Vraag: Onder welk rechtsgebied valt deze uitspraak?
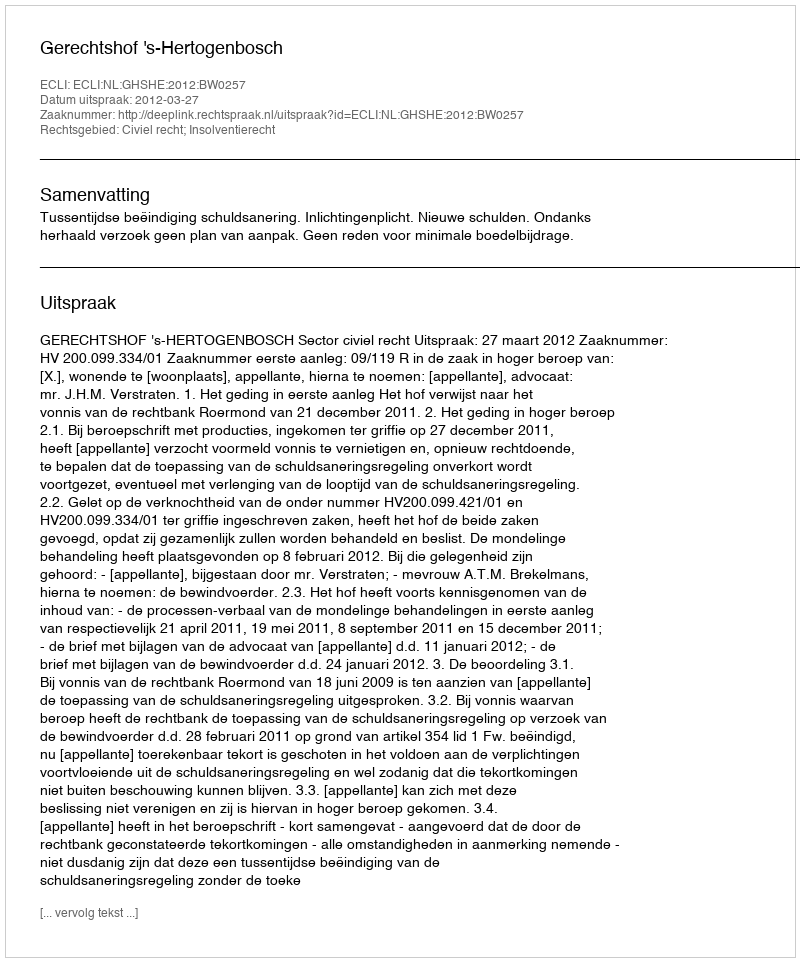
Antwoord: Civiel recht; Insolventierecht